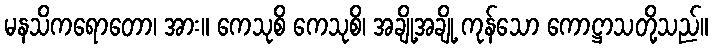
မနသိကရောတော၊ အား။ ကေသုစိ ကေသုစိ၊ အချို့အချို့ ကုန်သော ကောဋ္ဌာသတို့သည်။